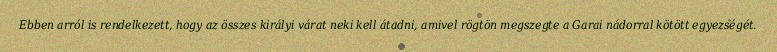
Ebben arról is rendelkezett, hogy az összes királyi várat neki kell átadni, amivel rögtön megszegte a Garai nádorral kötött egyezségét.